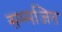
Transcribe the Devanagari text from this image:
सम्मजित